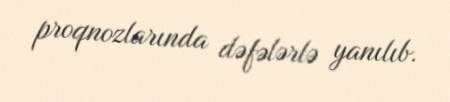
proqnozlarında dəfələrlə yanılıb.